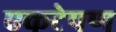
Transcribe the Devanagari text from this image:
एकटेपण